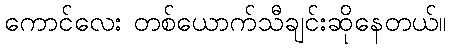
ကောင်လေး တစ်ယောက်သီချင်းဆိုနေတယ်။